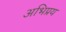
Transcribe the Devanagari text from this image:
अभिप्रय